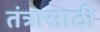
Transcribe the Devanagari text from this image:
तंत्रासाठी